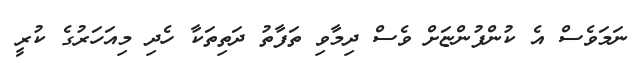
ނަމަވެސް އެ ކުންފުންޏަށް ވެސް ދިމާވި ތަފާތު ދަތިތަކާ ހެދި މިއަހަރުގެ ކުރީ